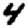
Digit: 4